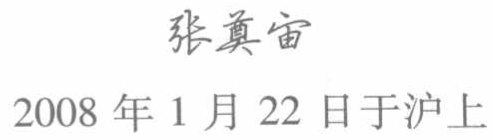
张真宙

2008 年 1 月 22 日于沪上